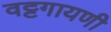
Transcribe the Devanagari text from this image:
वट्टगायणी